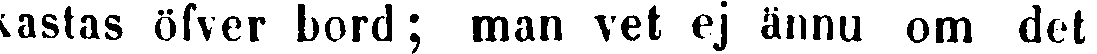
kastas öfver bord; man vet ej ännu om det